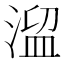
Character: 𣹃